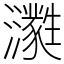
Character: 㶙